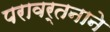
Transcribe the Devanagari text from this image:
परावर्तनाने